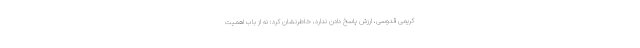
کریمی قدوسی، ارزش پاسخ دادن ندارد، خاطرنشان کرد: نه از باب اهمیت